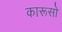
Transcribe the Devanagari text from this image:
कारूसो